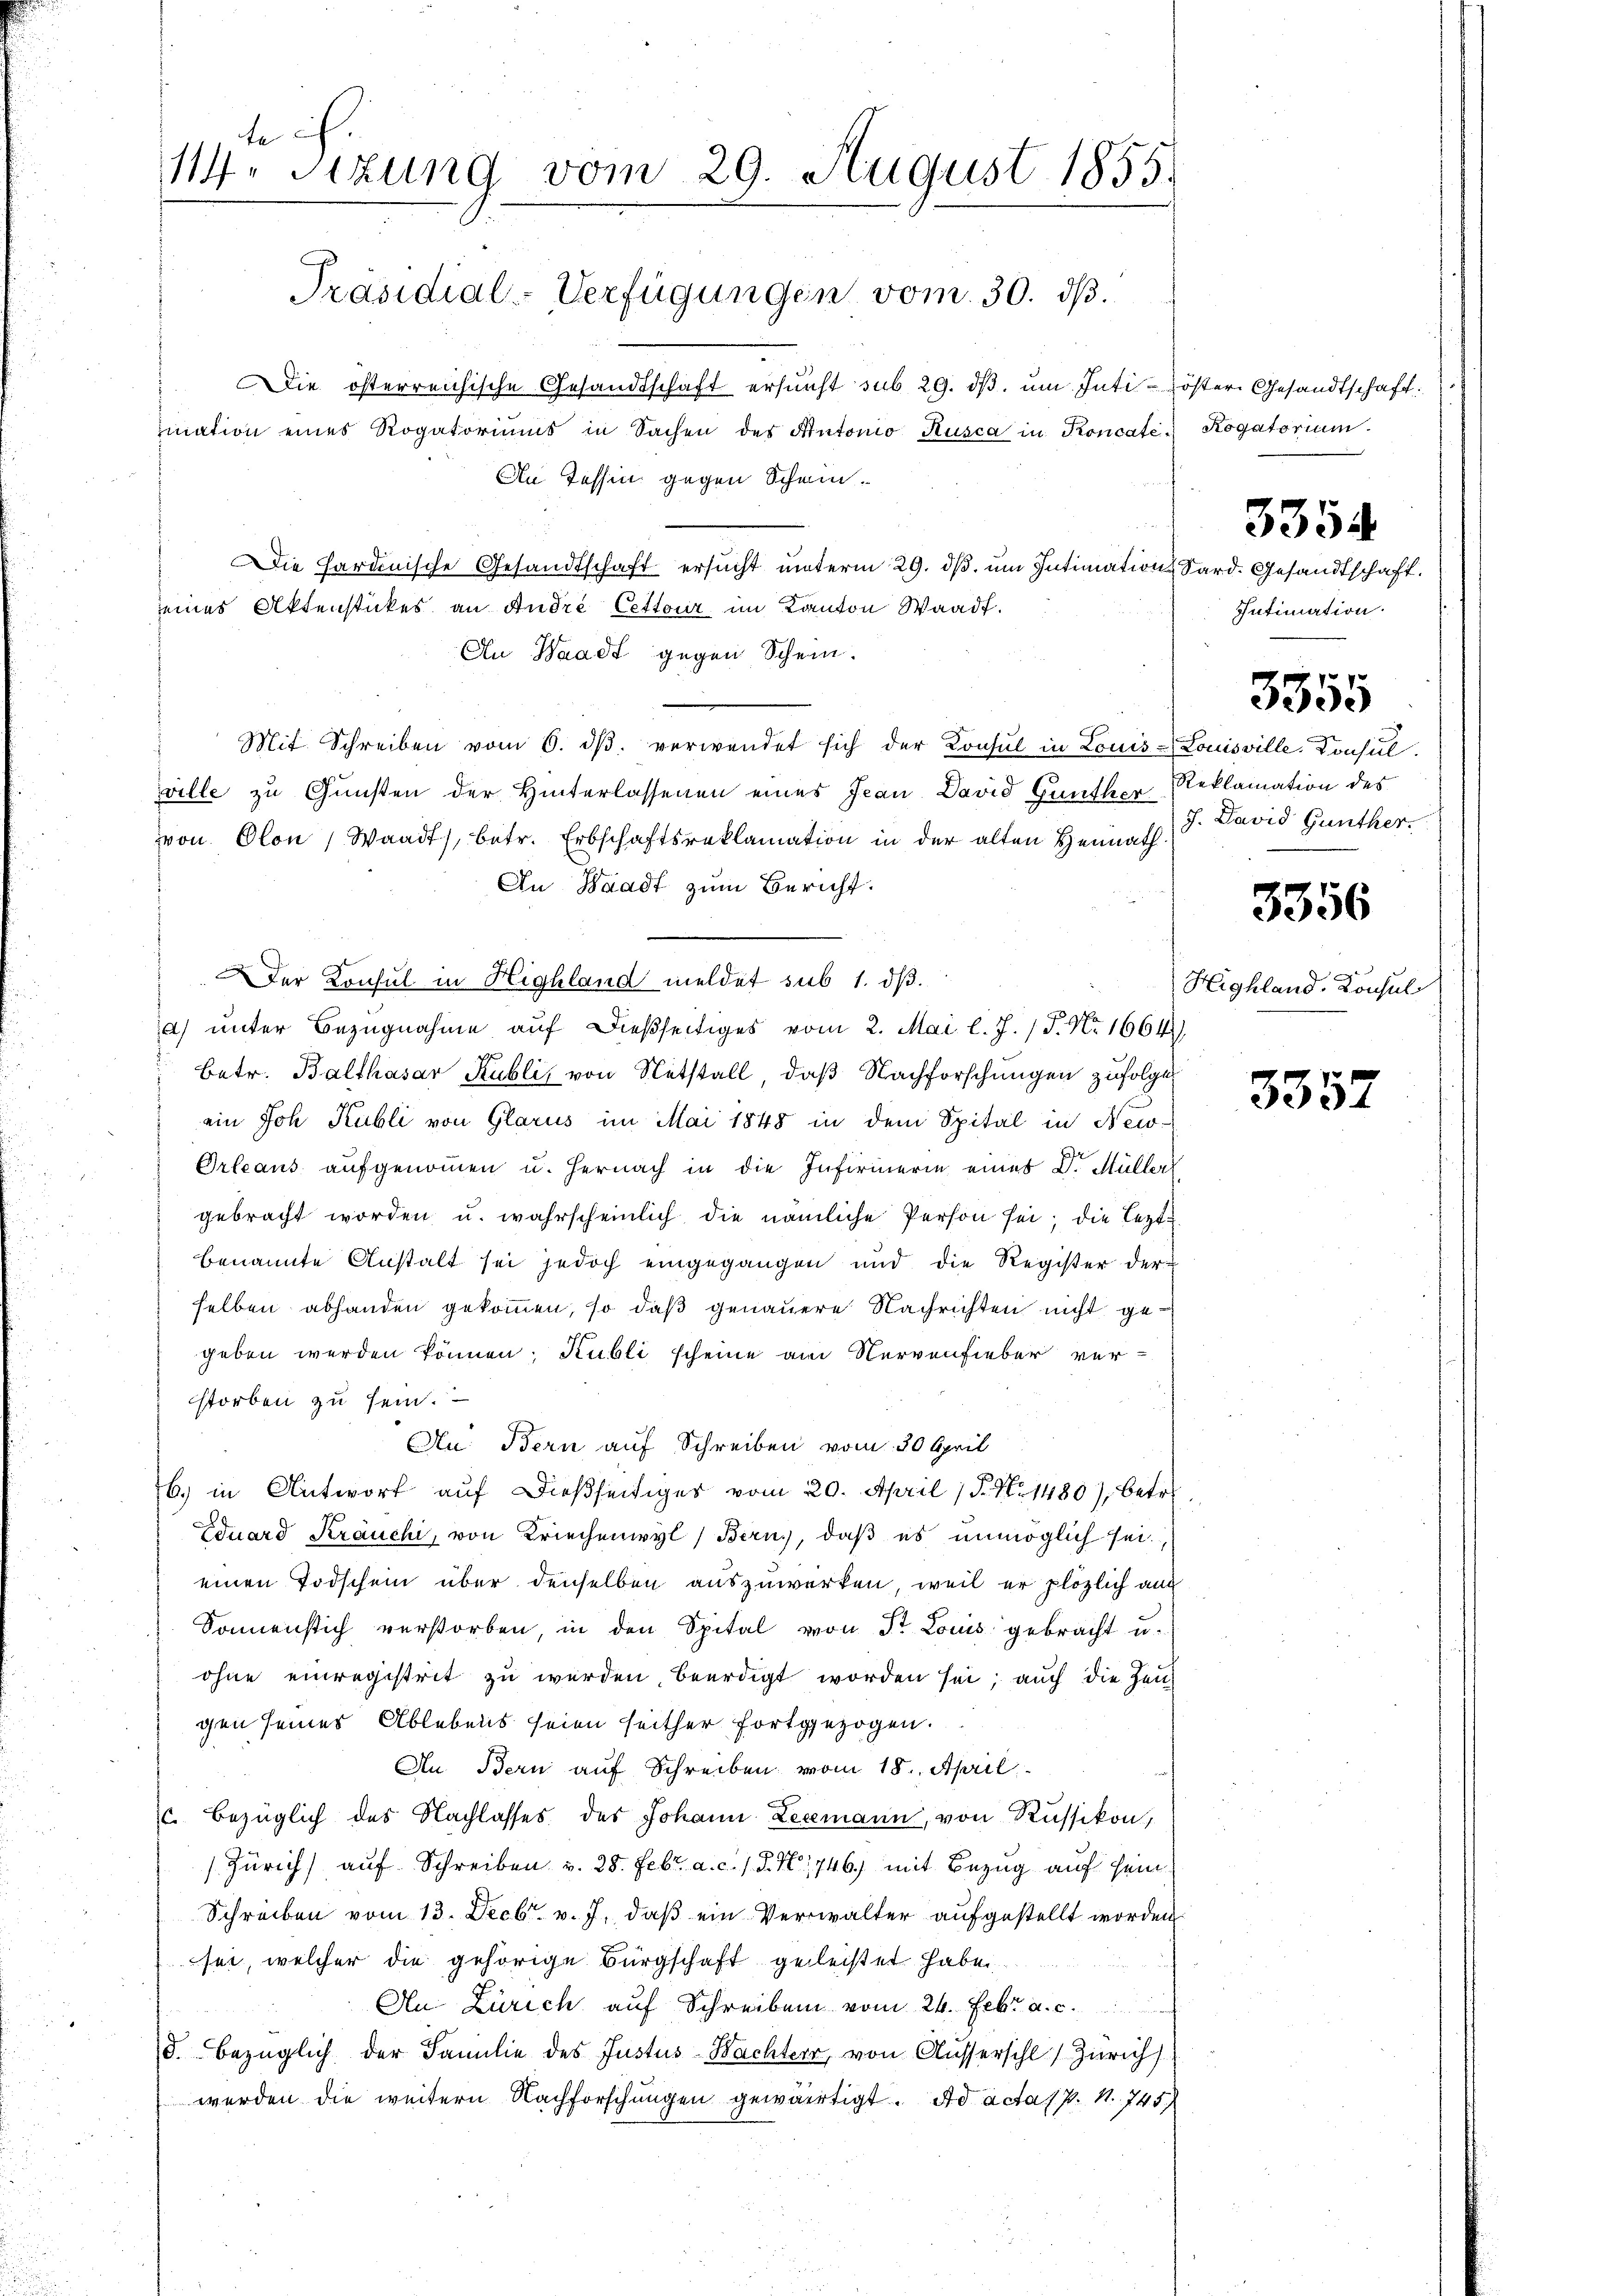
te ich
114. Sitzung vom 29. August 1855.

Präsidial-Verfügungen vom 30. dβ.

ie österreichische Gesandtschaft ersucht sub 29. dβ ŭm Inti-öster Gesandtschaft.
mation eines Rogatoriums in Sachen des Autonio Kusca in Ponoate¬
An Tessin gegen Schein.
e
Die Hardinische Gesandtschaft ersucht unterm 29. ds. um Intimations
seines Aktenstückes an André Cetteur im Kanton Waadt.
An Waadt gegen Schein.
Mit Schreiben vom 6. dβ. verwendet sich der Konsul in Louis-Louisville, Konsul
ville zu Gunsten der Hinterlassenen eines Jean David Gunther
von Olon, Waadt, betr. Erbschaftsreklamation in der alten Heimath
An Waadt zum Bericht.
Der Konsul in Highland meldet sub 1. dß.
a) unter Bezugnahme auf dießseitiges vom 2. Mai l. J. P. Nr. 1664)
betr. Balthasar Kubli von Notstall, daß Nachforschungen zufolge
ein Joh Kubli von Glarus im Mai 1848 in dem Spital in New-
Orleans aufgenommen u. hernach in die Infirmerin eines Dr. Müllerl
gebracht worden u. wahrscheinlich die nämliche Person sei; die Lezte
benannte Anstalt sei jedoch eingegangen und die Register der
selben abhanden gekommen, so daß genauere Nachrichten nicht gegeben werden können; Kubli scheine am Nervenfieber verstorben zu sein.
Au Bern auf Schreiben vom 30 April
b. in Antwort auf dießseitiger vom 20. April 18. No. 1480), betre
Eduard Kräuchi, von Kriechenwyl (Bern, daß es unmöglich sei.
einen Todschein über denselben auszuwerken, weil er plözlich auc
Sonnenstich verstorben, in den Spital von Dr Louis gebracht u.
ohne einregistrit zu werden, beerdigt worden sei; auch die Zeu-
gen seines Ablebens seien seither fortgezogen.
An Bern auf Schreiben vom 18. April
 bezüglich des Nachlasses des Johann Leemann, von Russikon,
Zürich) auf Schreiben v. 28. Febr. a. c. s. S. N. 1746) mit Bezug auf sein
Schreiben vom 13. Decbr. v. J. daβ ein Verwalter aufgestellt worden
sei, welcher die gehörige Bürgschaft geleistet habe.
An Zürich auf Schreiben vom 26. Febr. a. c.
d. bezüglich der Familie des Justus Nachtern, von Aussersihl) Zürich
werden die weitern Nachforschungen gewärtigt. Ad actas p. 1. 745)

Rogatorium.

3354

ard. Gesandtschaft.
Intimation.

3555

Reklamation des
J. David Günther.

3356

Highland. Konsul

3357